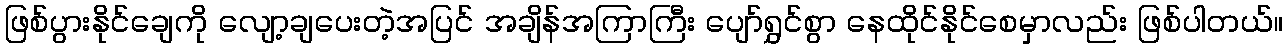
ဖြစ်ပွားနိုင်ချေကို လျော့ချပေးတဲ့အပြင် အချိန်အကြာကြီး ပျော်ရွှင်စွာ နေထိုင်နိုင်စေမှာလည်း ဖြစ်ပါတယ်။